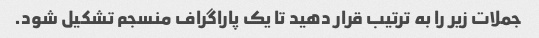
جملات زیر را به ترتیب قرار دهید تا یک پاراگراف منسجم تشکیل شود.